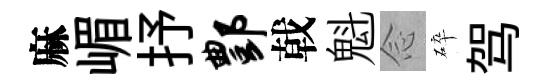
麻嵋抒酆戟魁𫝹碎驾